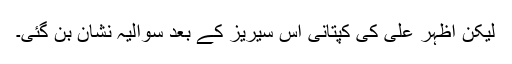
لیکن اظہر علی کی کپتانی اس سیریز کے بعد سوالیہ نشان بن گئی۔